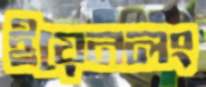
ইয়েনলং